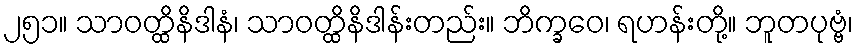
၂၅၁။ သာဝတ္ထိနိဒါနံ၊ သာဝတ္ထိနိဒါန်းတည်း။ ဘိက္ခဝေ၊ ရဟန်းတို့။ ဘူတပုဗ္ဗံ၊